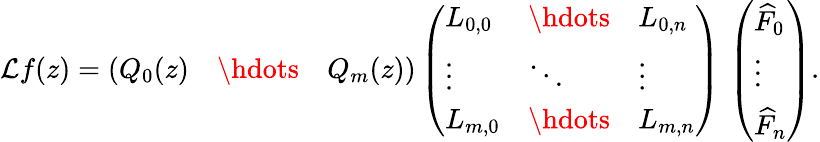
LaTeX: \mathcal{L}f(z)=\left(\begin{array}{lll}{Q_{0}(z)}&{\hdots}&{Q_{m}(z)}\end{array}\right)\left(\begin{array}{lll}{L_{0,0}}&{\hdots}&{L_{0,n}}\\ {\vdots}&{\ddots}&{\vdots}\\ {L_{m,0}}&{\hdots}&{L_{m,n}}\end{array}\right)\, \left(\begin{array}{l}{\widehat{F}_{0}}\\ {\vdots}\\ {\widehat{F}_{n}}\end{array}\right).